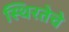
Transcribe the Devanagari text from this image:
स्थिरतेचे